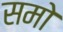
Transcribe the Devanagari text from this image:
समो